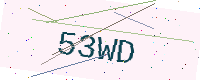
Text: 53WD